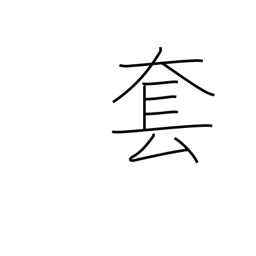
Meaning: hackneyed